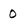
Character: 0